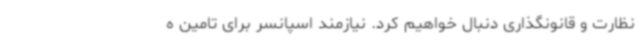
نظارت و قانونگذاری دنبال خواهیم کرد. نیازمند اسپانسر برای تامین ه